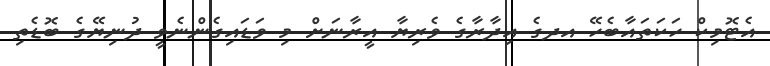
އެޓޮމިކް ހަކަތައާބެހޭ އދގެ އިދާރާގެ ވެރިޔާ އީރާނަށް މި ވަޑައިގެންނެވީ ދުނިޔޭގެ ބޮޑެތި